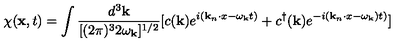
\chi ( { \bf x } , t ) = \int \frac { d ^ { 3 } { \bf k } } { [ ( 2 \pi ) ^ { 3 } 2 \omega _ { \bf k } ] ^ { 1 / 2 } } [ c ( { \bf k } ) e ^ { i ( { \bf k } _ { n } \cdot x - \omega _ { \bf k } t ) } + c ^ { \dagger } ( { \bf k } ) e ^ { - i ( { \bf k } _ { n } \cdot x - \omega _ { \bf k } ) t ) } ]